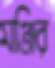
মঞ্জির